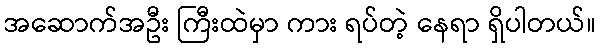
အဆောက်အဦး ကြီးထဲမှာ ကား ရပ်တဲ့ နေရာ ရှိပါတယ်။